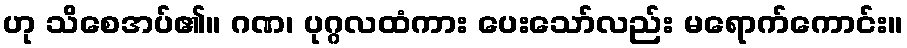
ဟု သိစေအပ်၏။ ဂဏ၊ ပုဂ္ဂလထံကား ပေးသော်လည်း မရောက်ကောင်း။